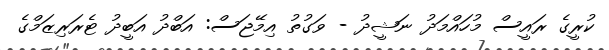
ކުރީގެ ރައީސް މުހައްމަދު ނަޝީދު - ވަގުތު އިމޭޖަސް: އަބްދު އަބީދު ޓެރަރިޒަމްގެ